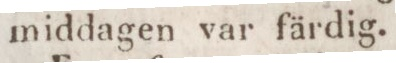
middagen var färdig.